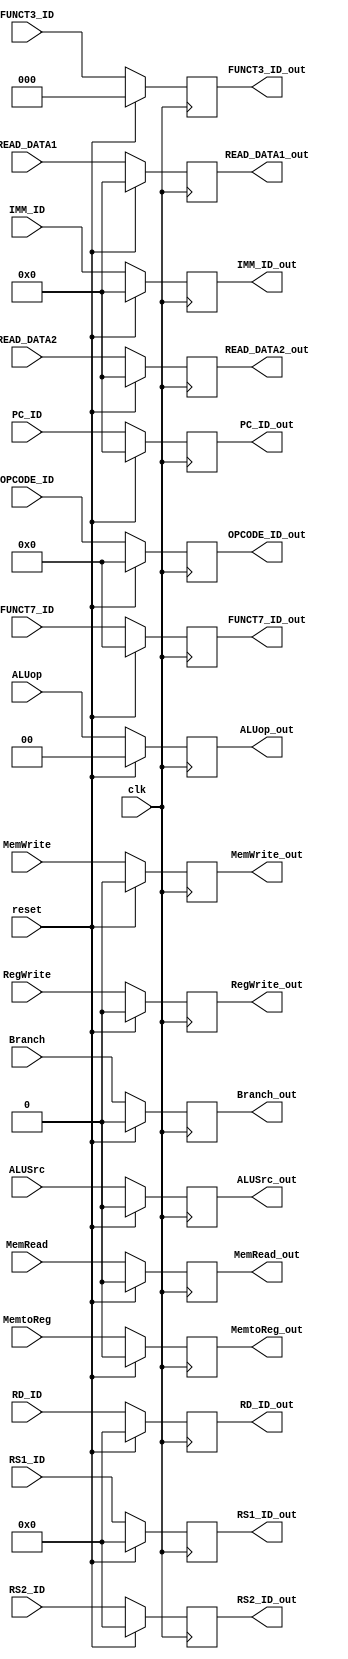
`timescale 1ns / 1ps
//////////////////////////////////////////////////////////////////////////////////
// Company: 
// Engineer: 
// 
// Design Name: 
// Module Name: pipeline_ID_EX
// Project Name: 
// Target Devices: 
// Tool Versions: 
// Description: 
// 
// Dependencies: 
// 
// Revision:
// Revision 0.01 - File Created
// Additional Comments:
// 
//////////////////////////////////////////////////////////////////////////////////


module pipeline_ID_EX(input clk, reset,
                      input MemRead, MemtoReg, MemWrite, RegWrite, Branch, ALUSrc,
                      input [1:0] ALUop,
                      input [31:0] READ_DATA1, READ_DATA2,
                      input [31:0] IMM_ID,
                      input [2:0] FUNCT3_ID,
                      input [6:0] FUNCT7_ID,
                      input [6:0] OPCODE_ID,
                      input [4:0] RD_ID,
                      input [4:0] RS1_ID,
                      input [4:0] RS2_ID, 
                      input [31:0] PC_ID,
                      output reg MemRead_out, MemtoReg_out, MemWrite_out, RegWrite_out, Branch_out, ALUSrc_out,
                      output reg [1:0] ALUop_out, 
                      output reg [31:0] READ_DATA1_out,READ_DATA2_out,
                      output reg [31:0] IMM_ID_out,
                      output reg [2:0] FUNCT3_ID_out,
                      output reg [6:0] FUNCT7_ID_out,
                      output reg [6:0] OPCODE_ID_out,
                      output reg [4:0] RD_ID_out,
                      output reg [4:0] RS1_ID_out,
                      output reg [4:0] RS2_ID_out,
                      output reg [31:0] PC_ID_out);
                        
    always@(posedge clk)
    begin
        if (reset)
        begin
            MemRead_out <= 1'b0;
            MemtoReg_out <= 1'b0;
            MemWrite_out <= 1'b0;
            RegWrite_out <= 1'b0;
            Branch_out <= 1'b0;
            ALUSrc_out <= 1'b0;
            ALUop_out <= 2'b0; 
            READ_DATA1_out <= 32'b0;
            READ_DATA2_out <= 32'b0;
            IMM_ID_out <= 32'b0;
            FUNCT3_ID_out <= 3'b0;
            FUNCT7_ID_out <= 7'b0;
            OPCODE_ID_out <= 7'b0;
            RD_ID_out <= 5'b0;
            RS1_ID_out <= 5'b0;
            RS2_ID_out <= 5'b0;
            PC_ID_out <= 32'b0;
        end  
        else begin
            MemRead_out <= MemRead;
            MemtoReg_out <= MemtoReg;
            MemWrite_out <= MemWrite;
            RegWrite_out <= RegWrite;
            Branch_out <= Branch;
            ALUSrc_out <= ALUSrc;
            ALUop_out <= ALUop; 
            READ_DATA1_out <= READ_DATA1;
            READ_DATA2_out <= READ_DATA2;
            IMM_ID_out <= IMM_ID;
            FUNCT3_ID_out <= FUNCT3_ID;
            FUNCT7_ID_out <= FUNCT7_ID;
            OPCODE_ID_out <= OPCODE_ID;
            RD_ID_out <= RD_ID;
            RS1_ID_out <= RS1_ID;
            RS2_ID_out <= RS2_ID;
            PC_ID_out <= PC_ID;
        end
    end
endmodule